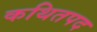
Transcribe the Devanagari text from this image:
कथितपद